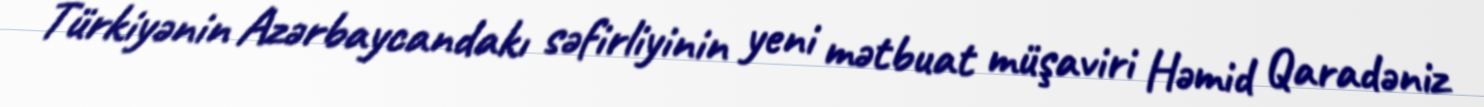
Türkiyənin Azərbaycandakı səfirliyinin yeni mətbuat müşaviri Həmid Qaradəniz